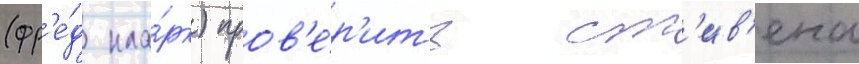
(фр'е́д кла́рк) пров'е́р'ить ст'ив'ена